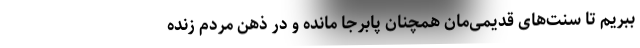
ببریم تا سنت‌های قدیمی‌مان همچنان پابرجا مانده و در ذهن مردم زنده